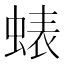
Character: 𮔘